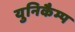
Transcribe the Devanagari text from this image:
युनिकैम्प